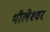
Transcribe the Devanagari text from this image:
भीलेश्‍वर